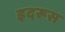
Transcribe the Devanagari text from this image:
इदरूस